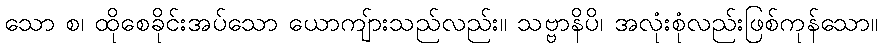
သော စ၊ ထိုစေခိုင်းအပ်သော ယောကျ်ားသည်လည်း။ သဗ္ဗာနိပိ၊ အလုံးစုံလည်းဖြစ်ကုန်သော။